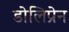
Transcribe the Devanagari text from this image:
डोलिप्रेन